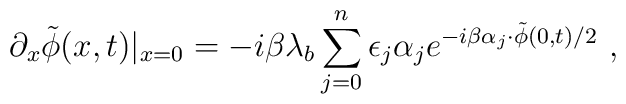
\partial_x \tilde{\phi}(x,t)|_{x=0} =- i \beta \lambda_b \sum_{j=0}^{n} \epsilon_{j} \alpha_{j} e^{- i\beta \alpha_j \cdot \tilde{\phi}(0,t) / 2 } \ ,